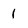
Character: 1